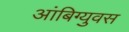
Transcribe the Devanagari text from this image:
आंबिग्युवस